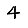
Digit: 4